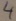
Text: 4